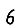
Digit: 6